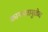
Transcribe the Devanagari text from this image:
कागपत्रामुळेच